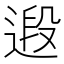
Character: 𮷤